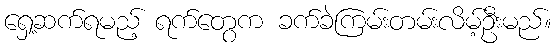
ရှေ့ဆက်ရမည့် ရက်တွေက ခက်ခဲကြမ်းတမ်းလိမ့်ဦးမည်။